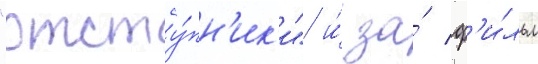
"отсту́пн'ик'и" и́ за́ ф'и́льм